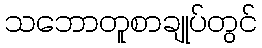
သဘောတူစာချုပ်တွင်